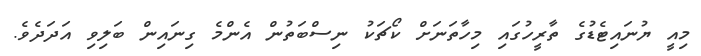
މިއީ ޔުނައިޓެޑުގެ ތާރީހުގައި މިހާތަނަށް ކޯޗަކު ނިސްބަތުން އެންމެ ގިނައިން ބަލިވި އަދަދެވެ.